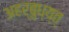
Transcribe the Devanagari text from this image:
अहर्बुध्य्त्